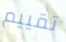
تقييم